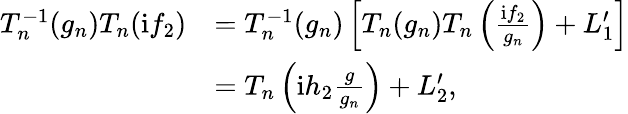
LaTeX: \begin{array}{rl}{T_{n}^{-1}(g_{n})T_{n}(\mathrm{i}f_{2})}&{=T_{n}^{-1}(g_{n})\left[T_{n}(g_{n})T_{n}\left(\frac{\mathrm{i}f_{2}}{g_{n}}\right)+L_{1}^{\prime}\right]}\\ &{=T_{n}\left(\mathrm{i}h_{2}\frac{g}{g_{n}}\right)+L_{2}^{\prime},}\end{array}